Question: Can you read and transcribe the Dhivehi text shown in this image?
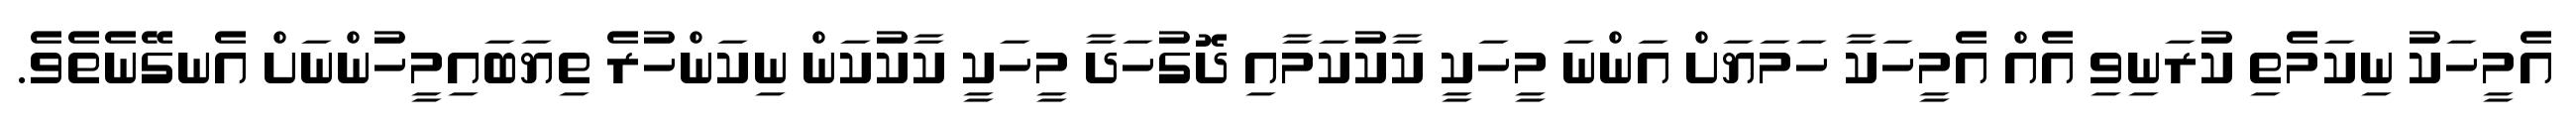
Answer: އެމީހަކު ނިކަމެތި ކުރަނިވި އެއް އެމީހަކާ ހަމަޔަށް އަންނަ މީހަކީ ކާކުކަމާއި ދޮގުހަދާ މީހަކީ ކާކުކަން ނިކަންހުރެ ތިޔަބައިމީހުންނަށް އެނގޭނެތެވެ.